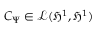
C _ { \Psi } \in \mathcal { L } ( \mathfrak { H } ^ { 1 } , \mathfrak { H } ^ { 1 } )